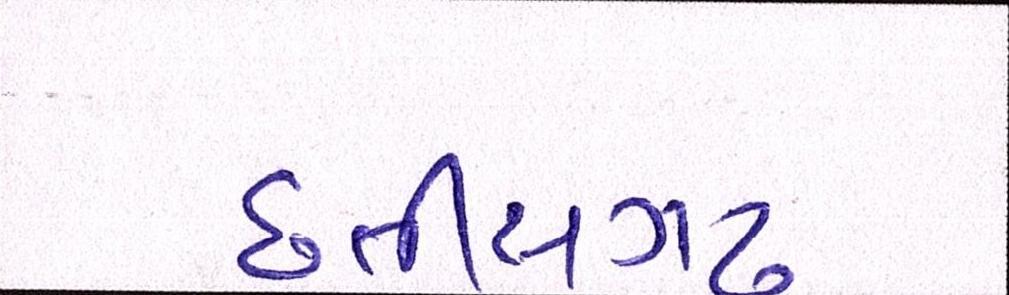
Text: છત્તીસગઢ